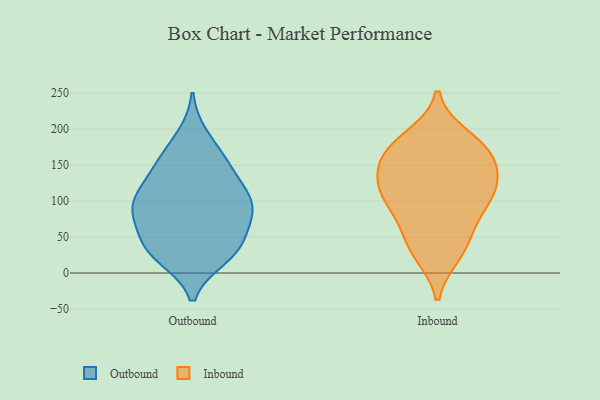
{"axis": {"x": "Backlog", "y": "Value"}, "legend": ["Inbound", "Outbound"], "data": [{"x": "", "y": 61, "type": "Outbound"}, {"x": "", "y": 110, "type": "Outbound"}, {"x": "", "y": 27, "type": "Outbound"}, {"x": "", "y": 40, "type": "Outbound"}, {"x": "", "y": 190, "type": "Outbound"}, {"x": "", "y": 98, "type": "Outbound"}, {"x": "", "y": 86, "type": "Outbound"}, {"x": "", "y": 28, "type": "Outbound"}, {"x": "", "y": 83, "type": "Outbound"}, {"x": "", "y": 104, "type": "Outbound"}, {"x": "", "y": 22, "type": "Outbound"}, {"x": "", "y": 150, "type": "Outbound"}, {"x": "", "y": 161, "type": "Outbound"}, {"x": "", "y": 151, "type": "Outbound"}, {"x": "", "y": 96, "type": "Outbound"}, {"x": "", "y": 126, "type": "Outbound"}, {"x": "", "y": 35, "type": "Outbound"}, {"x": "", "y": 75, "type": "Outbound"}, {"x": "", "y": 115, "type": "Inbound"}, {"x": "", "y": 110, "type": "Inbound"}, {"x": "", "y": 27, "type": "Inbound"}, {"x": "", "y": 163, "type": "Inbound"}, {"x": "", "y": 146, "type": "Inbound"}, {"x": "", "y": 123, "type": "Inbound"}, {"x": "", "y": 112, "type": "Inbound"}, {"x": "", "y": 76, "type": "Inbound"}, {"x": "", "y": 33, "type": "Inbound"}, {"x": "", "y": 174, "type": "Inbound"}, {"x": "", "y": 96, "type": "Inbound"}, {"x": "", "y": 155, "type": "Inbound"}, {"x": "", "y": 51, "type": "Inbound"}, {"x": "", "y": 188, "type": "Inbound"}, {"x": "", "y": 175, "type": "Inbound"}]}